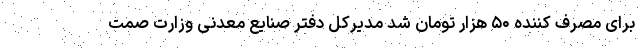
برای مصرف کننده ۵۰ هزار تومان شد مدیرکل دفتر صنایع معدنی وزارت صمت